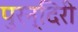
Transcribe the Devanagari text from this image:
पुरन्दिरी